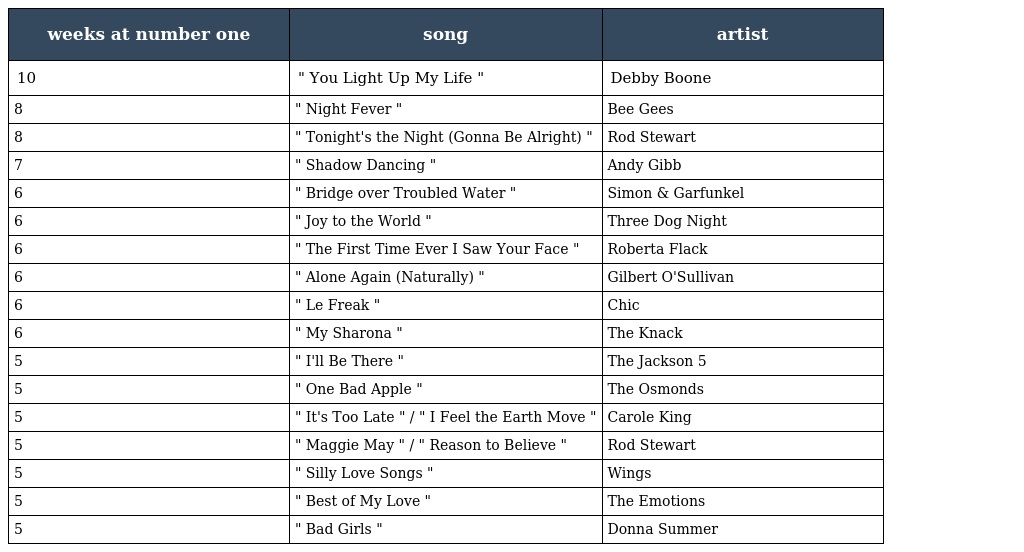
| weeks at number one | song | artist |
 | --- | --- | --- |
 | 10 | " You Light Up My Life " | Debby Boone |
 | 8 | " Night Fever " | Bee Gees |
 | 8 | " Tonight's the Night (Gonna Be Alright) " | Rod Stewart |
 | 7 | " Shadow Dancing " | Andy Gibb |
 | 6 | " Bridge over Troubled Water " | Simon & Garfunkel |
 | 6 | " Joy to the World " | Three Dog Night |
 | 6 | " The First Time Ever I Saw Your Face " | Roberta Flack |
 | 6 | " Alone Again (Naturally) " | Gilbert O'Sullivan |
 | 6 | " Le Freak " | Chic |
 | 6 | " My Sharona " | The Knack |
 | 5 | " I'll Be There " | The Jackson 5 |
 | 5 | " One Bad Apple " | The Osmonds |
 | 5 | " It's Too Late " / " I Feel the Earth Move " | Carole King |
 | 5 | " Maggie May " / " Reason to Believe " | Rod Stewart |
 | 5 | " Silly Love Songs " | Wings |
 | 5 | " Best of My Love " | The Emotions |
 | 5 | " Bad Girls " | Donna Summer |